Philaematomyia insignis, Austen - Number 54
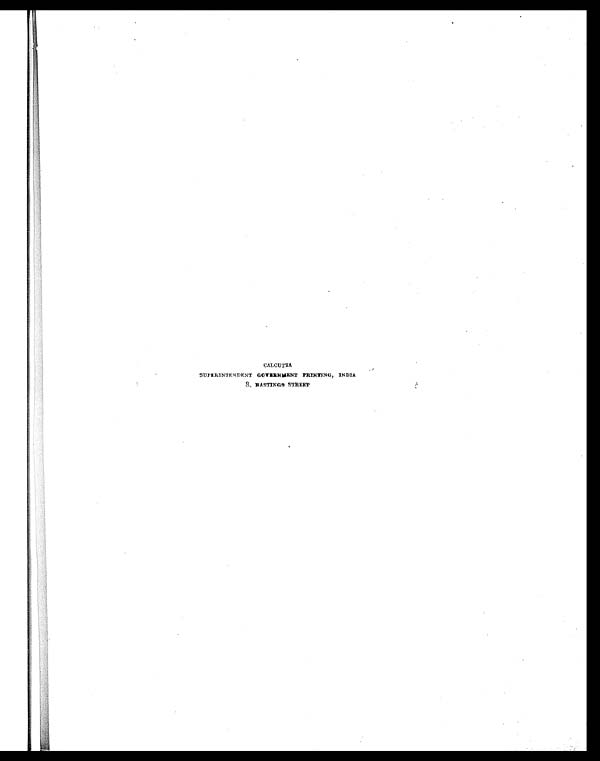
CALCUTTA
' SUPERINTENDENT GOVERNMENT PRINTING, INDIA
8, HASTING9 STREET